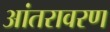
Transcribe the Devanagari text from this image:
आंतरावरण